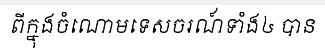
ពីក្នុងចំណោមទេសចរណ៍ទាំង៤ បាន